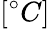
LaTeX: [^{\circ}C]